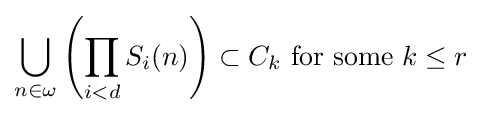
\bigcup _{n\in \omega }\left(\prod _{i<d}S_{i}(n)\right)\subset C_{k}{\text{ for some }}k\leq r